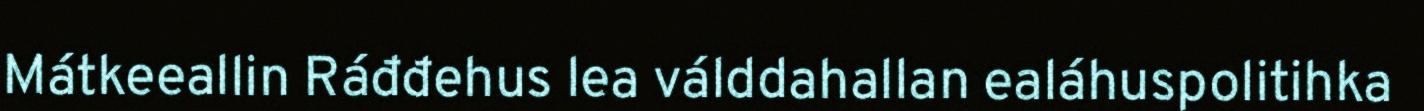
Mátkeeallin Ráđđehus lea válddahallan ealáhuspolitihka